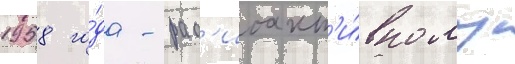
1958 го́да - рад'иоакт'и́вному